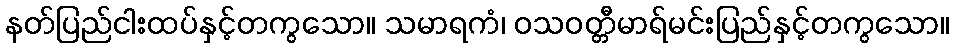
နတ်ပြည်ငါးထပ်နှင့်တကွသော။ သမာရကံ၊ ဝသဝတ္တီမာရ်မင်းပြည်နှင့်တကွသော။